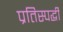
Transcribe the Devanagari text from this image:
प्रतिस्‍पर्द्धी